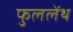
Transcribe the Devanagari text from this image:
फुललेंथ